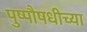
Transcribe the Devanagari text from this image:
पुष्पौषधीच्या